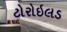
ટોરોઇલડ